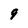
Character: q